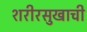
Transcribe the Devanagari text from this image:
शरीरसुखाची